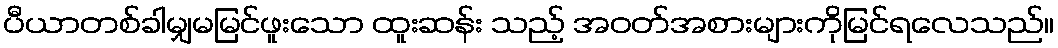
ပီယာတစ်ခါမျှမမြင်ဖူးသော ထူးဆန်း သည့် အဝတ်အစားများကိုမြင်ရလေသည်။